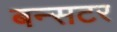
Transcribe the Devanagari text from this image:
बन्सटर